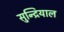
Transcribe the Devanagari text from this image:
सुन्द्रियाल